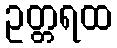
ဥတ္တရထ